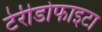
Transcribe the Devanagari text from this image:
टेरीडोफाइटा